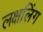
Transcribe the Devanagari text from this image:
लक्षलिंग